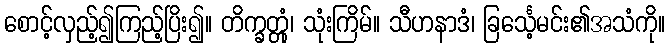
စောင့်လှည့်၍ကြည့်ပြိး၍။ တိက္ခတ္တုံ၊ သုံးကြိမ်။ သီဟနာဒံ၊ ခြင်္သေ့မင်း၏အသံကို။